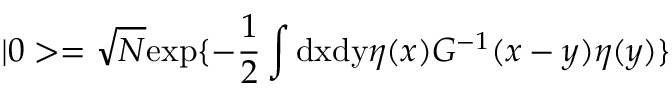
| 0 > = \sqrt N \mathrm { e x p } \{ - \frac { 1 } { 2 } \int \mathrm { d x d y } \eta ( x ) G ^ { - 1 } ( x - y ) \eta ( y ) \}